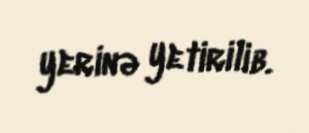
yerinə yetirilib.